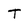
Character: T